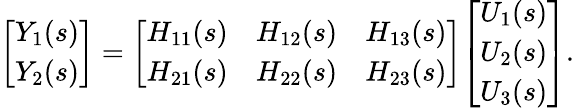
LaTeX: {\left[\begin{array}{l}{Y_{1}(s)}\\ {Y_{2}(s)}\end{array}\right]}={\left[\begin{array}{lll}{H_{11}(s)}&{H_{12}(s)}&{H_{13}(s)}\\ {H_{21}(s)}&{H_{22}(s)}&{H_{23}(s)}\end{array}\right]}{\left[\begin{array}{l}{U_{1}(s)}\\ {U_{2}(s)}\\ {U_{3}(s)}\end{array}\right]}.